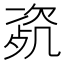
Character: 𣣰